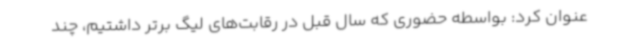
عنوان کرد: بواسطه حضوری که سال قبل در رقابت‌های لیگ برتر داشتیم، چند